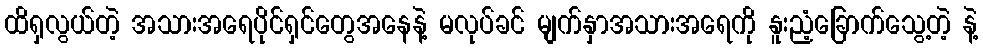
ထိရှလွယ်တဲ့ အသားအရေပိုင်ရှင်တွေအနေနဲ့ မလုပ်ခင် မျက်နှာအသားအရေကို နူးညံ့ခြောက်သွေ့တဲ့ နဲ့